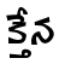
క్తేన